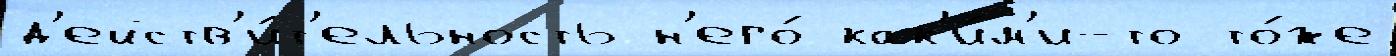
д'ейств'и́т'ельность н'его́ как'и́м'и-то то́же